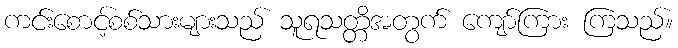
ကင်းစောင့်စစ်သားများသည် သူရသတ္တိအတွက် ကျော်ကြား ကြသည်။